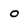
Character: o